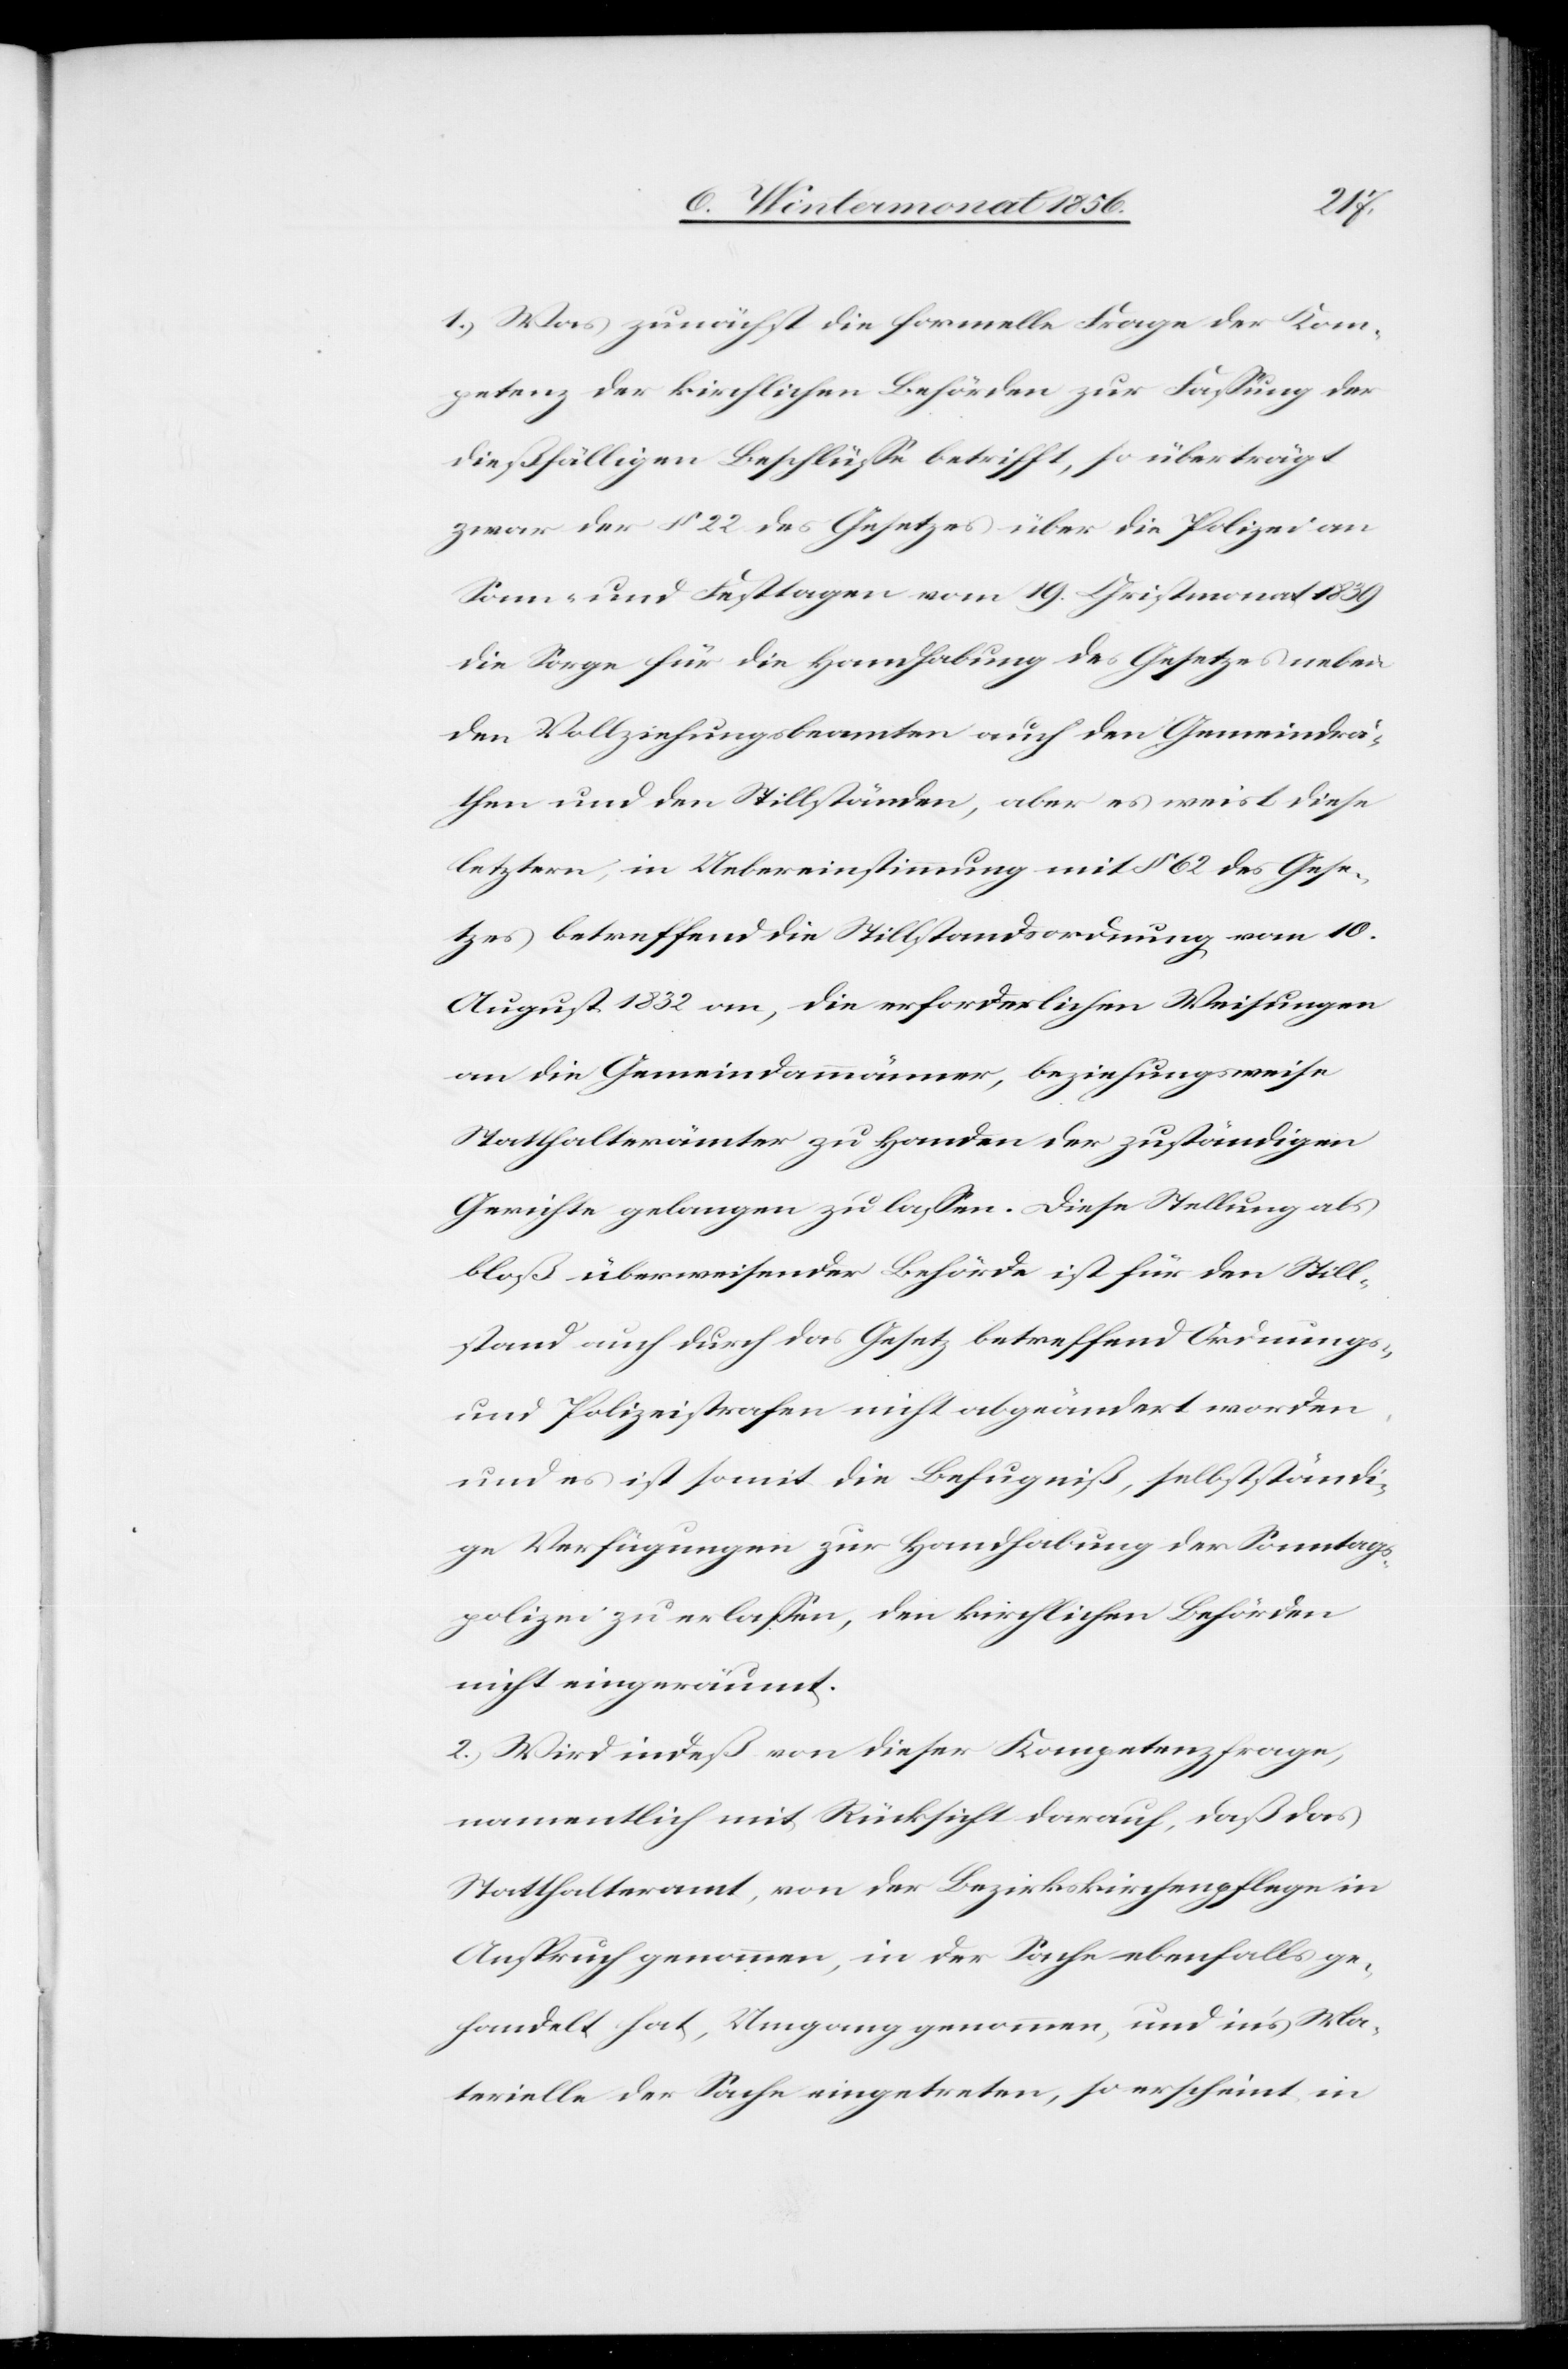
1.) Was zunächst die formelle Frage der Kom¬
petenz der kirchlichen Behörden zur Fassung der
dießfälligen Beschlüsse betrifft, so überträgt
zwar der § 22 des Gesetzes über die Polizei an
Sonn- und Feiertagen vom 19. Christmonat 1839
die Sorge für die Handhabung des Gesetzes neben
den Vollziehungsbeamten auch den Gemeindrä¬
then und den Stillständen, aber es weist diese
letztern, in Uebereinstimmung mit § 62 des Gese¬
tzes betreffend die Stillstandsordnung vom 10.
August 1832 an, die erforderlichen Weisungen
an die Gemeindammänner, beziehungsweise
Statthalterämter zu Handen der zuständigen
Gerichte gelangen zu lassen. Diese Stellung als
bloß überweisender Behörde ist für den Still¬
stand auch durch das Gesetz betreffend Ordnungs-
und Polizeistrafen nicht abgeändert worden,
und es ist somit die Befugniß, selbstständi¬
ge Verfügungen zur Handhabung der Sonntags¬
polizei zu erlassen, den kirchlichen Behörden
nicht eingeräumt.
2.) Wird indeß von dieser Kompetenzfrage,
namentlich mit Rücksicht darauf, daß das
Statthalteramt, von der Bezirkskirchenpflege in
Anspruch genommen, in der Sache ebenfalls ge¬
handelt hat, Umgang genommen, und in's Ma¬
terielle der Sache eingetreten, so erscheint in